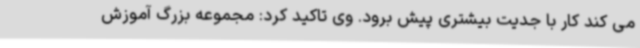
می کند کار با جدیت بیشتری پیش برود. وی تاکید کرد: مجموعه بزرگ آموزش